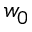
w _ { 0 }